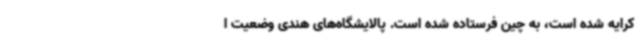
کرایه شده است، به چین فرستاده شده است. پالایشگاه‌های هندی وضعیت ا